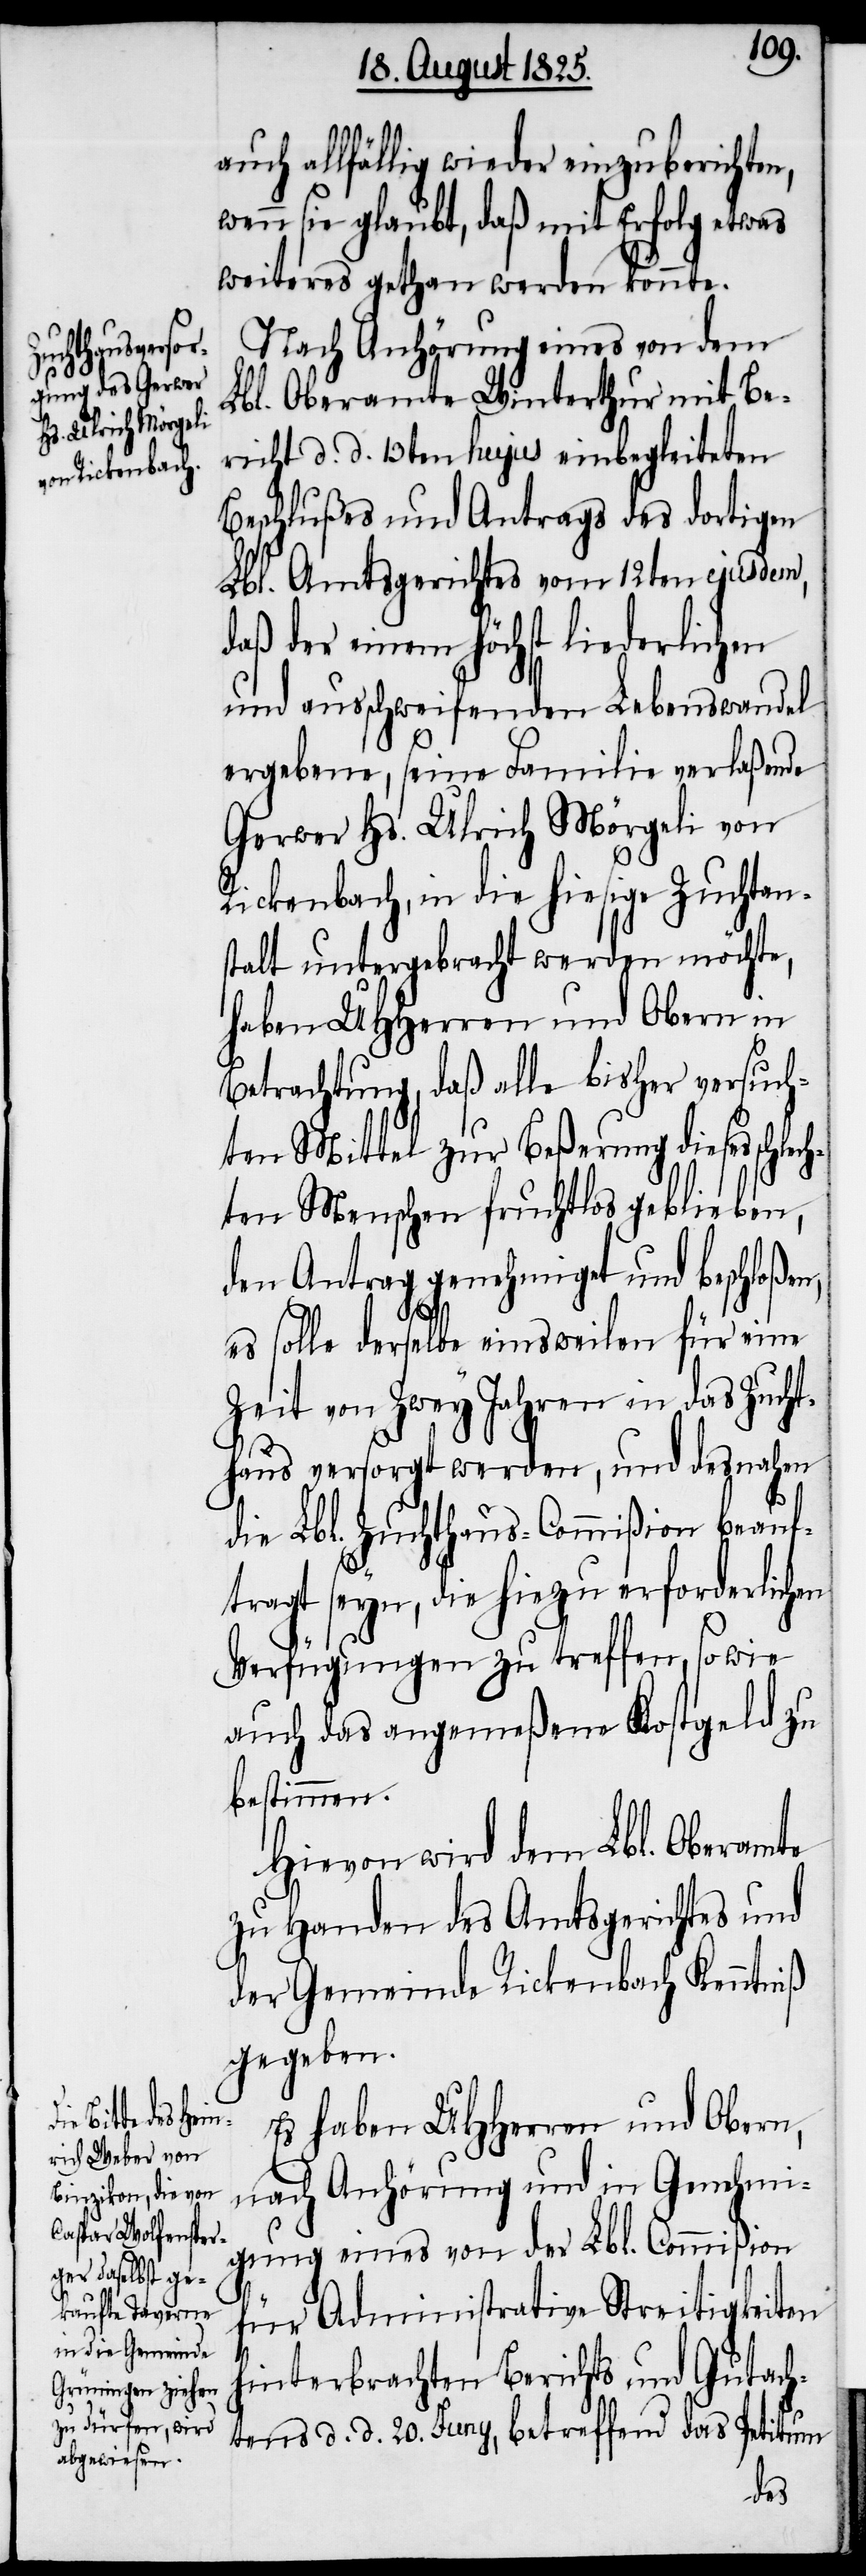
schlech¬

auch allfällig wieder einzuberichten,
wenn sie glaubt, daß mit Erfolg etwas
weiteres gethan werden könnte.
Nach Anhörung eines von dem
Lbl. Oberamte Winterthur mit Be¬
richt d. d. 13ten hujus einbegleiteten
Beschlußes und Antrags des dortigen
Lbl. Amtsgerichtes vom 12ten ejusdem,
daß der einem höchst liederlichen
und ausschweifenden Lebenswandel
ergebene, seine Familie verlaßende
Gerwer Hs. Ulrich Mörgeli von
Rickenbach, in die hiesige Zuchtan¬
stalt untergebracht werden möchte,
haben UHHerren und Obern in
Betrachtung, daß alle bisher versuch¬
ten Mittel zur Beßerung dieses
ten Menschen fruchtlos geblieben,
den Antrag genehmiget und beschloßen,
es solle derselbe einsweilen für eine
Zeit von Zwey Jahren in das Zucht¬
haus versorgt werden, und desnahen
die Lbl. Zuchthaus-Commißion beauf¬
tragt seyn, die hiezu erforderlichen
Verfügungen zu treffen, so wie
auch das angemeßene Kostgeld zu
bestimmen.
Hievon wird dem Lbl. Oberamte
zu Handen des Amtsgerichts und
der Gemeinde Rickenbach Kenntniß
gegeben.
Es haben UHherren und Obern,
nach Anhörung und in Genehmi¬
gung eines von der Lbl. Commißion
für Administrative Streitigkeiten
hinterbrachten Berichts und Gutach¬
tens d. d. 20. Juny, betreffend das Petitum